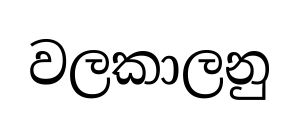
වලකාලනු